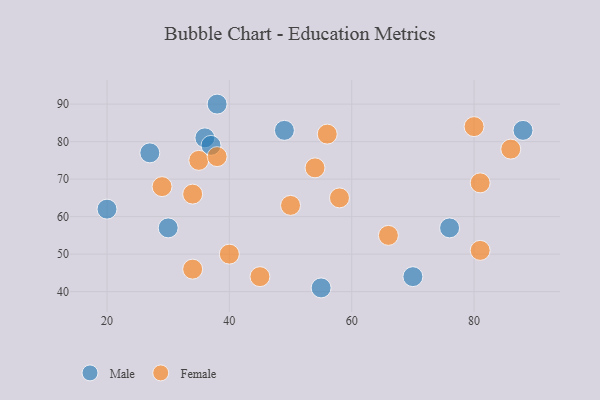
{"axis": {"x": "GDP", "y": "Life Expectancy"}, "legend": ["Female", "Male"], "data": [{"x": "70", "y": 44, "type": "Male"}, {"x": "88", "y": 83, "type": "Male"}, {"x": "36", "y": 81, "type": "Male"}, {"x": "49", "y": 83, "type": "Male"}, {"x": "20", "y": 62, "type": "Male"}, {"x": "76", "y": 57, "type": "Male"}, {"x": "30", "y": 57, "type": "Male"}, {"x": "27", "y": 77, "type": "Male"}, {"x": "37", "y": 79, "type": "Male"}, {"x": "38", "y": 90, "type": "Male"}, {"x": "55", "y": 41, "type": "Male"}, {"x": "54", "y": 73, "type": "Female"}, {"x": "81", "y": 69, "type": "Female"}, {"x": "29", "y": 68, "type": "Female"}, {"x": "81", "y": 51, "type": "Female"}, {"x": "66", "y": 55, "type": "Female"}, {"x": "56", "y": 82, "type": "Female"}, {"x": "50", "y": 63, "type": "Female"}, {"x": "35", "y": 75, "type": "Female"}, {"x": "45", "y": 44, "type": "Female"}, {"x": "86", "y": 78, "type": "Female"}, {"x": "34", "y": 46, "type": "Female"}, {"x": "38", "y": 76, "type": "Female"}, {"x": "40", "y": 50, "type": "Female"}, {"x": "80", "y": 84, "type": "Female"}, {"x": "34", "y": 66, "type": "Female"}, {"x": "58", "y": 65, "type": "Female"}]}